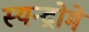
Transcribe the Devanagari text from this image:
स्यन्द्रोमे